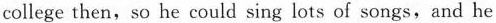
college then,so he could sing lots of songs,and he